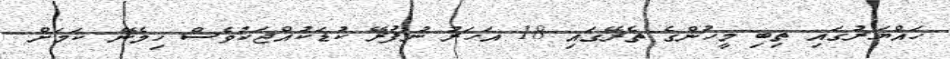
ހައްޔަރުގައި ތިބި މީހުންގެ ތެރޭގައި 18 އަހަރު ނުފުރޭ ކުޑަކުއްޖަކުވެސް ހިމެނޭ ކަމަށް